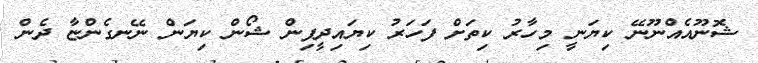
ޝޮނޫއެއްނޫނޭ ކިޔަނީ މިހާރު ކިތަށް ފަހަރު ކިޔައިދީފިން ޝޯން ކިޔަން ނޭނގެންޏާ ދެން